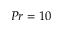
P r = 1 0